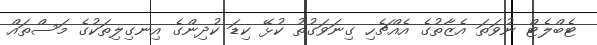
ޓެބްލެޓް ނުވަތަ އެޒާތުގެ އެއްޗެހި ގިނަވަގުތު ކުޅޭ ކިޑަ ކުދިންގެ އިނގިލިތަކުގެ މަސްތައް